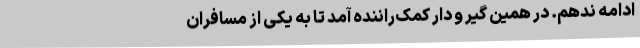
ادامه ندهم. در همین گیر و دار کمک‌راننده آمد تا به یکی از مسافران